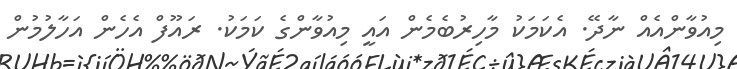
މިއުވާންއެއް ނާދޭ. އެކަމަކު މާހިރުބެމެން އައީ މިއުވާންގެ ކަމަކު. ރައޫފް އެހެން އަހާލުމުން